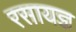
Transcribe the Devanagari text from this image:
रसायज्ञ